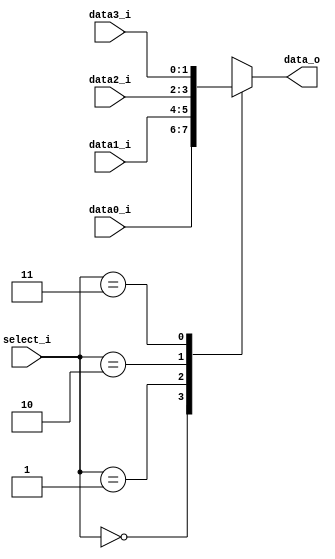
`timescale 1ns / 1ps
//////////////////////////////////////////////////////////////////////////////////
// Company: 
// Engineer: 
// 
// Design Name: 
// Module Name: MUX_4to1
// Project Name: 
// Target Devices: 
// Tool Versions: 
// Description: 
// 
// Dependencies: 
// 
// Revision:
// Revision 0.01 - File Created
// Additional Comments:
// 
//////////////////////////////////////////////////////////////////////////////////


module MUX_4to1(
           data0_i,
           data1_i,
           data2_i,
           data3_i,
           select_i,
           data_o
           );	   
			
parameter size = 0;	
			
//I/O ports               
input	[size-1:0]   data0_i;          
input	[size-1:0]   data1_i;
input	[size-1:0]   data2_i;
input	[size-1:0]   data3_i;
input   [1:0]		 select_i;

output	[size-1:0]   data_o; 

reg		[size-1:0]	 result;

always@(*)begin
    case(select_i) 
        2'd0: result = data0_i; //beq
        2'd1: result = data1_i; //bge
        2'd2: result = data2_i; //bgt
        2'd3: result = data3_i; //bne
    endcase 
end

assign data_o = result;
endmodule